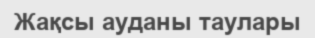
Жақсы ауданы таулары